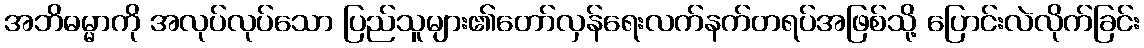
အဘိဓမ္မာကို အလုပ်လုပ်သော ပြည်သူများ၏တော်လှန်ရေးလက်နက်တရပ်အဖြစ်သို့ ပြောင်းလဲလိုက်ခြင်း